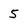
Character: 5